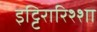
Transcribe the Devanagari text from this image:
इट्टिरारिश्शा